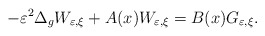
\begin{align*}-\varepsilon^{2}\Delta_{g}W_{\varepsilon,\xi}+A(x)W_{\varepsilon,\xi}=B(x)G_{\varepsilon,\xi}.\end{align*}